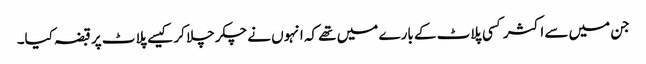
جن میں سے اکثر کسی پلاٹ کے بارے میں تھے کہ انہوں نے چکر چلا کر کیسے پلاٹ پر قبضہ کیا۔